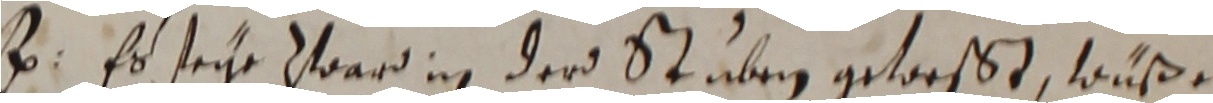
. Er seihe zward in der staben getoeßt, wuße